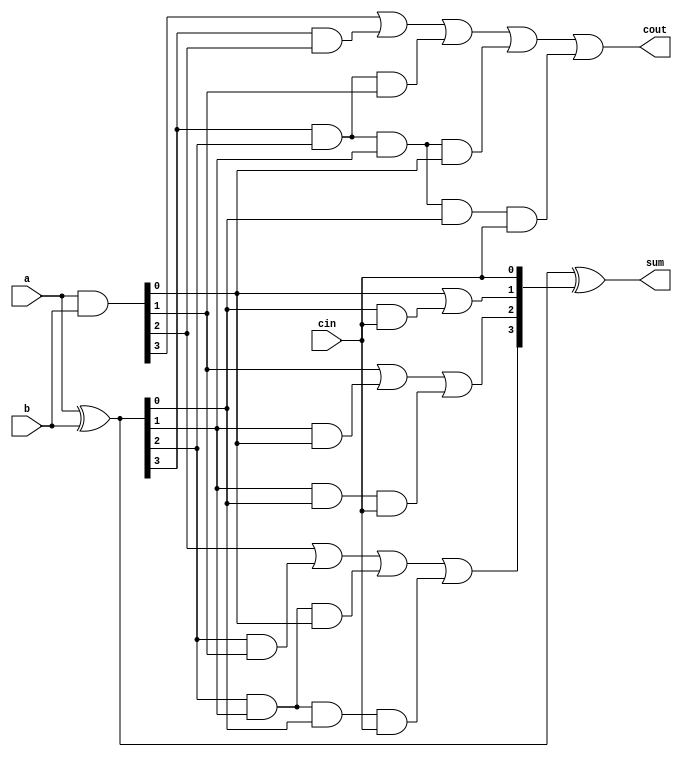
module cla_4(a, b, cin, sum, cout);
input [3:0] a, b;
input cin; 
output [3:0] sum;
output cout;

wire [3:0] prop, gen, carry;

assign prop = a^b;
assign gen = a&b;

assign carry[0] = cin;
assign carry[1] = gen[0] | (prop[0] & carry[0]);
assign carry[2] = gen[1] | (prop[1]&gen[0]) | (prop[1]&prop[0]&carry[0]);
assign carry[3] = gen[2] | (prop[2]&gen[1]) | (prop[2]&prop[1]&gen[0]) | (prop[2]&prop[1]&prop[0]&carry[0]);
assign cout = gen[3] | (prop[3]&gen[2]) | (prop[3]&prop[2]&gen[1]) | (prop[3]&prop[2]&prop[1]&gen[0]) | (prop[3]&prop[2]&prop[1]&prop[0]&carry[0]);
assign sum = prop^carry;
endmodule